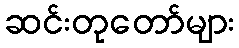
ဆင်းတုတော်များ